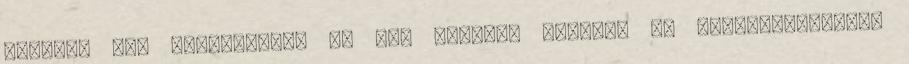
Hónapok óta keresgélek, de nem találok semmit. Az adminisztrációs